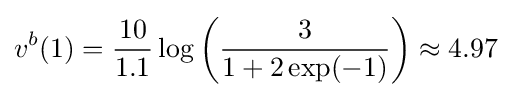
v^{b}(1)={\frac {10}{1.1}}\log \left({\frac {3}{1+2\exp(-1)}}\right)\approx 4.97